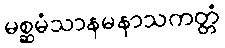
မစ္ဆမံသာနမနာသကတ္တံ